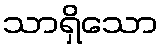
သာရှိသော